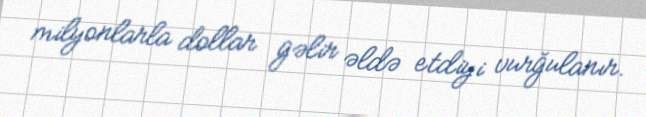
milyonlarla dollar gəlir əldə etdiyi vurğulanır.